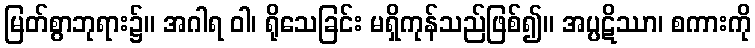
မြတ်စွာဘုရား၌။ အဂါရ ဝါ၊ ရိုသေခြင်း မရှိကုန်သည်ဖြစ်၍။ အပ္ပဋိဿာ၊ စကားကို